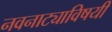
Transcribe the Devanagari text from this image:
नवनाट्याविषयी